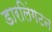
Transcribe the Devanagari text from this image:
डारलिंगटन